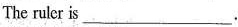
The ruler is ___.